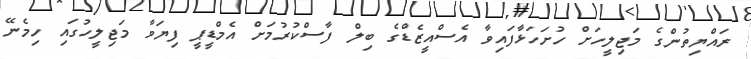
ރައްޔިތުންގެ މަޖިލީހަށް ހުށަހަޅާފައިވާ އެެސްއީޒެޑްގެ ބިލް ފާސްކުރުމަށް އެމްޑީޕީ ފިޔަވާ މަޖިލީހުގައި ހިމެނޭ